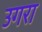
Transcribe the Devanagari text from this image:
उगरा